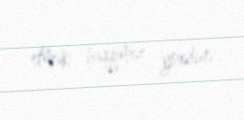
etmək haqqımız yoxdur.